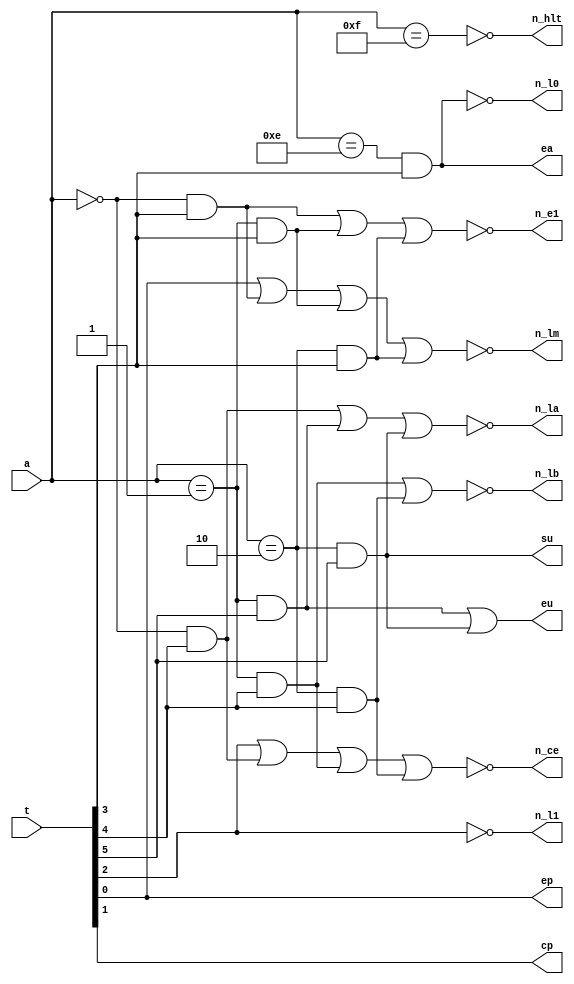
// controlador
module ALS_Controlador_Sequenciador(
  input [5:0] t,
  input [3:0] a,
  output cp, eu, ep, n_lm, n_ce, n_l1,
  n_e1, n_la, ea, su, n_lb, n_l0, n_hlt
);
  wire load, add, sub, out, hlt;

  assign load = a == 4'b0000;
  assign add = a == 4'b0001;
  assign sub = a == 4'b0010;
  assign out = a == 4'b1110;
  assign hlt = a == 4'b1111;
  
  // sada de controle
  assign n_hlt = ~hlt;
  assign ep = t[0];
  assign cp = t[1];
  assign n_lm = ~(t[0] | (load & t[3]) | (add & t[3]) | (sub & t[3]));
  assign n_ce = ~(t[2] | (load & t[4]) | (add & t[4]) | (sub & t[4]));
  assign n_l1 = ~t[2];
  assign n_e1 = ~((load & t[3]) | (add & t[3]) | (sub & t[3]));
  assign n_la = ~((load & t[4]) | (add & t[5]) | (sub & t[5]));
  assign ea = out & t[3];
  assign su = sub & t[5];
  assign eu = ((add & t[5]) | (sub & t[5]));
  assign n_lb = ~((add & t[4]) | (sub & t[4]));
  assign n_l0 = ~(out & t[3]);

endmodule